Vaccination report Assam 1896-1927 - 1896-1927
Year: 1896
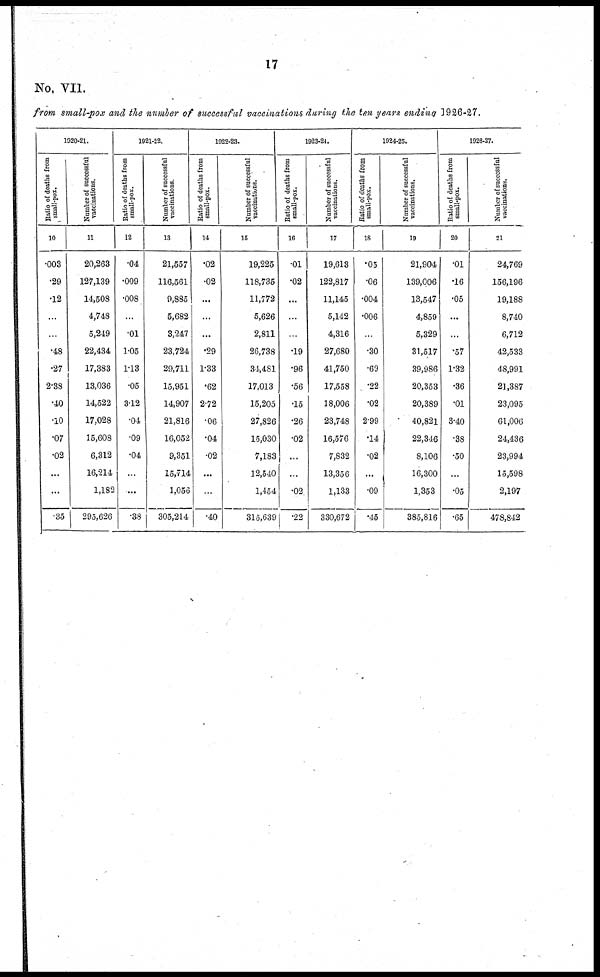
17
No. VII.
from small-pox and the number of successful vaccinations during the ten years ending 1926-27.
1920-21.
Ratio of deaths from
small-pox.
10
.003
.29
.12
...
...
.48
.27
2.38
.40
.10
.07
.02
...
...
.35
Number of successful
vaccinations.
11
20,263
127,139
14,508
4,748
5,249
22,434
17,383
13,036
14,522
17,028
15,608
6,312
16,214
1,182
295,626
1921-22.
Ratio of deaths from
small-pox.
12
.04
.009
.008
...
.01
1.05
1.13
.05
3.12
.01
.09
.04
...
...
.38
Number of successful
vaccinations.
13
21,557
116,561
9,885
5,682
3,247
23,724
29,711
15,951
14,907
21,816
16,052
9,351
15,714
1,056
305,214
1922-23.
Ratio of deaths from
small-pox.
14
.02
.02
...
...
...
.29
1.33
.62
2.72
.06
.04
.02
...
...
.40
Number of successful
vaccinations.
15
19,225
118,735
11,772
5,626
2,811
26,738
34,481
17,013
15,205
27,826
15,030
7,183
12,540
1,454
315,639
1923-24.
Ratio of deaths from
small-pox.
16
.01
.02
...
...
...
.19
.96
.56
.15
.26
.02
...
...
.02
.22
Number of successful
vaccinations.
17
19,613
122,817
11,145
5,142
4,316
27,680
41,750
17,558
18,006
23,748
16,576
7,832
13,356
1,133
330,672
1924-25.
Ratio of deaths from
small-pox.
18
.05
.06
.004
.006
...
.30
.69
.22
.02
2.99
.14
.02
...
.09
.45
Number of successful
vaccinations.
19
21,904
139,006
13,547
4,859
5,329
31,517
39,986
20,353
20,389
40,821
22,346
8,106
16,300
1,353
385,816
1926-27.
Ratio of deaths from
small-pox.
20
.01
.16
.05
...
...
.57
1.32
.36
.01
3.40
.38
.50
...
.05
.65
Number of successful
vaccinations.
21
24,769
156,196
19,188
8,740
6,712
42,533
48,991
21,387
23,095
61,006
24,436
23,994
15,598
2,197
478,842